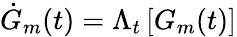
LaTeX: {{\dot{G}}_{m}}(t)={{\Lambda}_{t}}\left[{{G}_{m}(t)}\right]